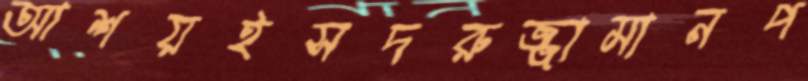
আশয়ইসদরুজ্জামানপ